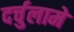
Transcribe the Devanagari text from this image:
दर्चुलामे